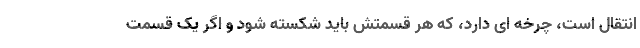
انتقال است، چرخه ای دارد، که هر قسمتش باید شکسته شود و اگر یک قسمت